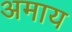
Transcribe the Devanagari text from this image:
अमाय